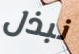
نبذل